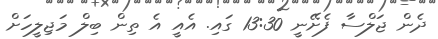
ދެން ޖަލްސާ ފެށޭނީ 13:30 ގައި. އެއީ އެ ތިން ބިލް މަޖިލީހަށް